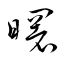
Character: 曙